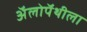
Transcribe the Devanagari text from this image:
अॅलोपॅथीला